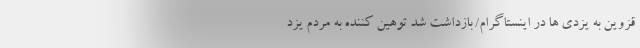
قزوین به یزدی ها در اینستاگرام/ بازداشت شد توهین کننده به مردم یزد